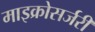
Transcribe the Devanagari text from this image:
माइक्रोसर्जरी